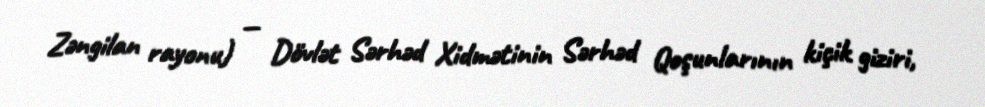
Zəngilan rayonu) — Dövlət Sərhəd Xidmətinin Sərhəd Qoşunlarının kiçik giziri,